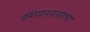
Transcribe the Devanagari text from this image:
रशियाखात्याचा